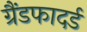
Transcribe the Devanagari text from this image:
ग्रैंडफादर्ड